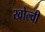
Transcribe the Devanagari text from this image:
खोल्वी